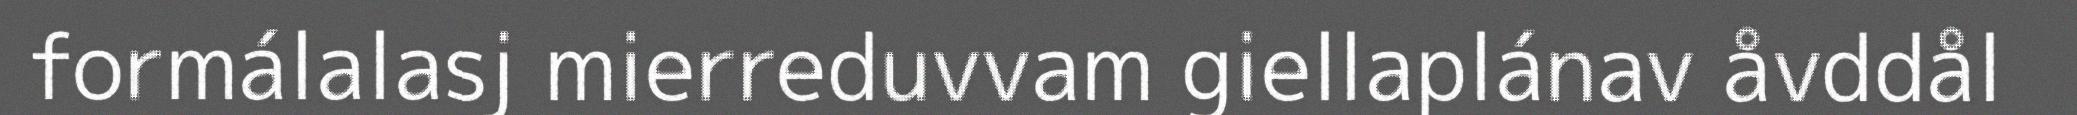
formálalasj mierreduvvam giellaplánav åvddål